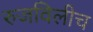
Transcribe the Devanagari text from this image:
रुजविलीच